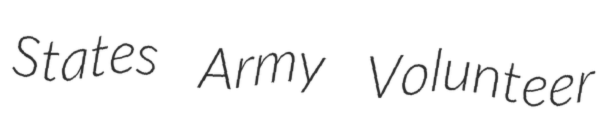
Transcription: States Army Volunteer